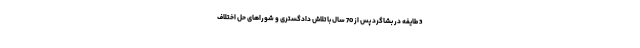
3 طایفه در بشاگرد پس از 70 سال با تلاش دادگستری و شوراهای حل اختلاف